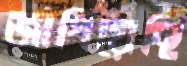
জাগিয়েছি